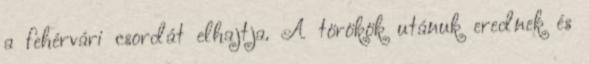
a fehérvári csor­dát elhajtja. A törökök utánuk erednek és